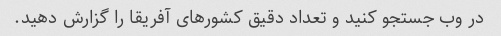
در وب جستجو کنید و تعداد دقیق کشورهای آفریقا را گزارش دهید.